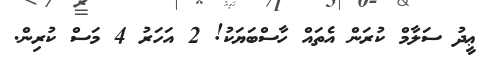
ޢީދު ސަލާމް ކުރަން އެތައް ހާސްބަޔަކު! 2 އަހަރު 4 މަސް ކުރިން.